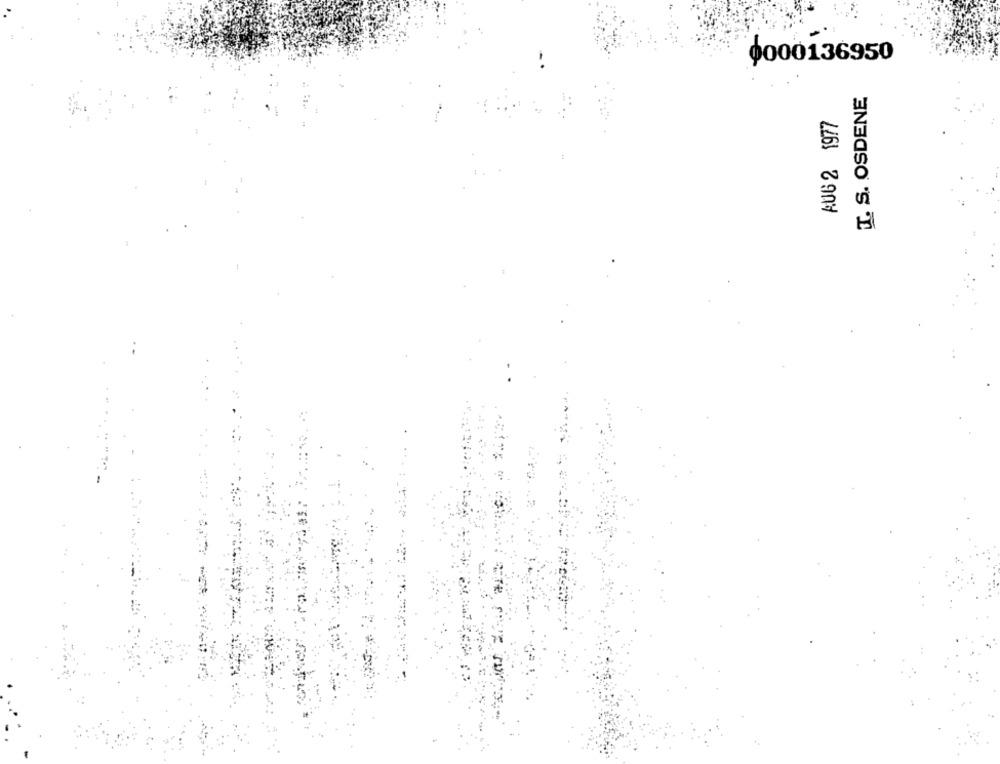
4000136950
I. S. OSDENE
AUG 2 1977